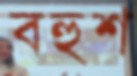
বহুশ